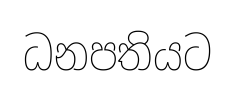
ධනපතියට